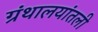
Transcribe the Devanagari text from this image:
ग्रंथालयांतली